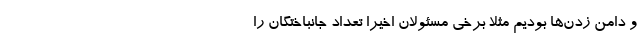
و دامن زدن‌ها بودیم مثلاً برخی مسئولان اخیراً تعداد جانباختگان را